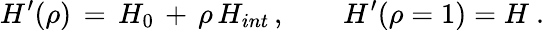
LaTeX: H^{\prime}(\rho)\, =\, H_{0}\, +\, \rho\, H_{int}\, ,\qquad H^{\prime}(\rho=1)=H~.